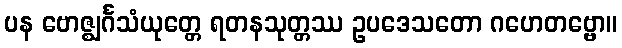
ပန ဗောဇ္ဈင်္ဂသံယုတ္တေ ရတနသုတ္တဿ ဥပဒေသတော ဂဟေတဗ္ဗော။